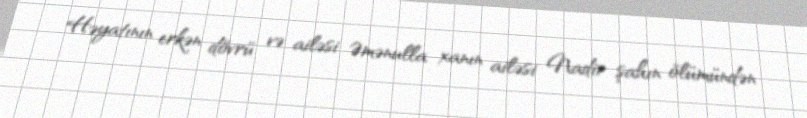
Həyatının erkən dövrü və ailəsi Əmənulla xanın ailəsi Nadir şahın ölümündən